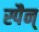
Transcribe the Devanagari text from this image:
स्पैन्